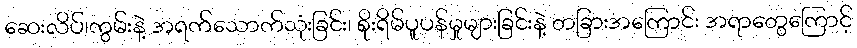
ဆေးလိပ်၊ကွမ်းနဲ့ အရက်သောက်သုံးခြင်း၊ စိုးရိမ်ပူပန်မှုများခြင်းနဲ့ တခြားအကြောင်း အရာတွေကြောင့်